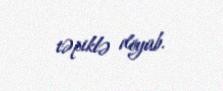
təpiklə döyüb.